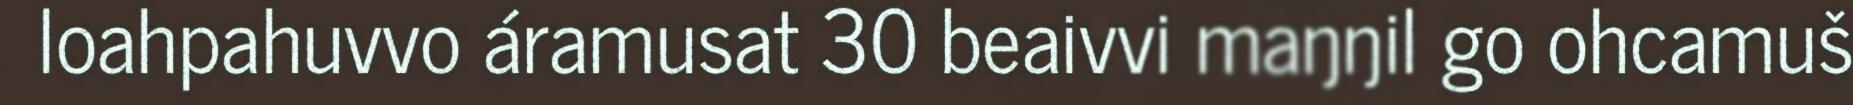
loahpahuvvo áramusat 30 beaivvi maŋŋil go ohcamuš